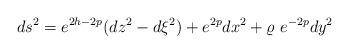
LaTeX: \begin{align*} ds^2 = e^{2h - 2p}(dz^2 - d\xi^2) + e^{2p}dx^2 +\varrho \,\, e^{-2p}dy^2\end{align*}